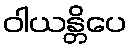
ဝါယန္တိပေ